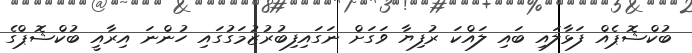
ބުކްޝޮޕެއް ފަޅާލައި ބައި ލައްކަ ރުފިޔާ ވަގަށް ނަގައިފިބުރުޒުމަގުގައި ހުންނަ އިރާއީ ބުކްޝޮޕްގެ